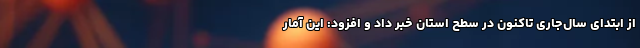
از ابتدای سال‌جاری تاکنون در سطح استان خبر داد و افزود: این آمار